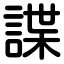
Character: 諜